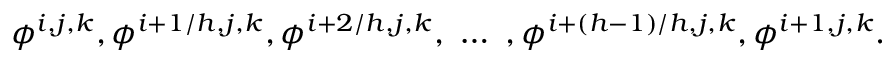
\phi ^ { i , j , k } , \phi ^ { i + 1 / h , j , k } , \phi ^ { i + 2 / h , j , k } , \ \dots \ , \phi ^ { i + ( h - 1 ) / h , j , k } , \phi ^ { i + 1 , j , k } .